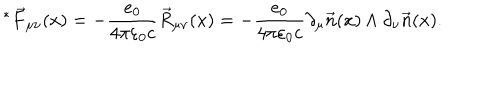
^ * \vec { F } _ { \mu \nu } ( x ) = - \frac { e _ { 0 } } { 4 \pi \varepsilon _ { 0 } c } \vec { R } _ { \mu \nu } ( x ) = - \frac { e _ { 0 } } { 4 \pi \varepsilon _ { 0 } c } \partial _ { \mu } \vec { n } ( x ) \wedge \partial _ { \nu } \vec { n } ( x ) .